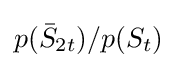
p({\bar {S}}_{2t})/p(S_{t})\,\!